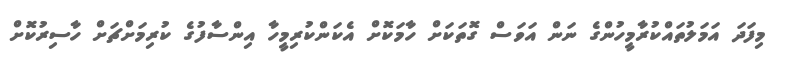
މިފަދަ އަމަލުތައްކުރާމީހުންގެ ނަން އަވަސް ގޮތަކަށް ހާމަކޮށް އެކަންކުރިމީހާ އިންސާފުގެ ކުރިމަށްޗަށް ހާސިރުކޮށް